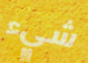
شيء